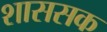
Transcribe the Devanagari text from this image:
शाससक